Vaccination United Provinces of Agra and Oudh 1923-1928 - 1923-1928
Year: 1923
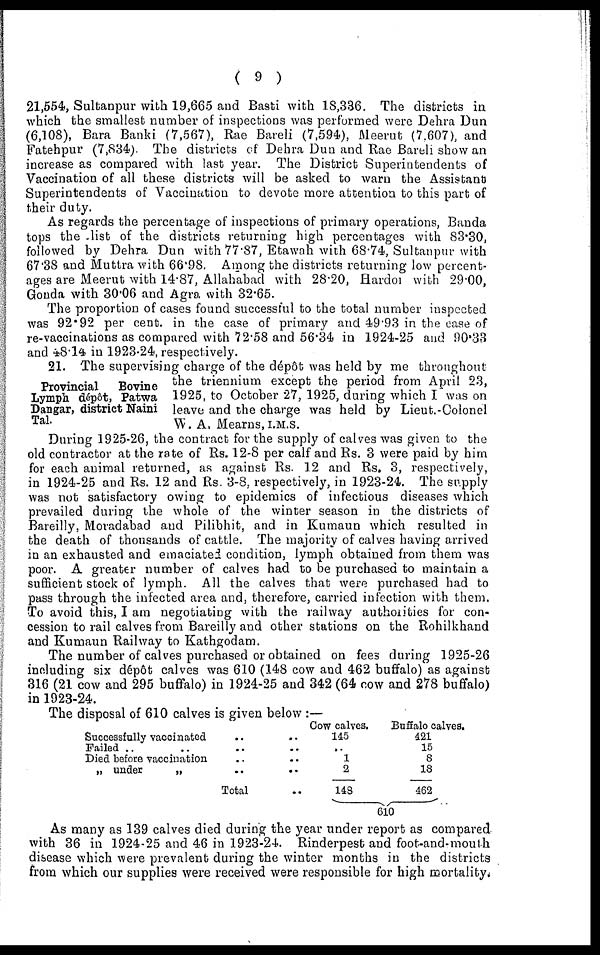
( 9 )
21,554, Sultanpur with 19,665 and Basti with 18,336. The districts in
which the smallest number of inspections was performed were Dehra Dun
(6,108), Bara Banki (7,567), Rae Bareli (7,594), Meerut (7,607), and
Fatehpur (7,834). The districts of Dehra Dun and Rae Bareli show an
increase as compared with last year. The District Superintendents of
Vaccination of all these districts will be asked to warn the Assistant
Superintendents of Vaccination to devote more attention to this part of
their duty.
As regards the percentage of inspections of primary operations, Banda
tops the list of the districts returning high percentages with 83.30,
followed by Dehra Dun with 77.87, Etawah with 68.74, Sultanpur with
67.38 and Muttra with 66.98. Among the districts returning low percent-
ages are Meerut with 14.87, Allahabad with 28.20, Hardoi with 29.00,
Gonda with 30.06 and Agra with 32.65.
The proportion of cases found successful to the total number inspected
was 92.92 per cent. in the case of primary and 49.93 in the case of
re-vaccinations as compared with 72.58 and 56.34 in 1924-25 and 90.33
and 48.14 in 1923-24, respectively.
Provincial
Bovine
Lymph dépôt, Patwa
Dangar, district Naini
Tal.
21. The supervising charge of the dépôt was held by me throughout
the triennium except the period from April 23,
1925, to October 27, 1925, during which I was on
leave and the charge was held by Lieut.-Colonel
W. A. Mearns, I.M.S.
During 1925-26, the contract for the supply of calves was given to the
old contractor at the rate of Rs. 12.8 per calf and Rs. 3 were paid by him
for each animal returned, as against Rs. 12 and Rs. 3, respectively,
in 1924-25 and Rs. 12 and Rs. 3-8, respectively, in 1923-24. The supply
was not satisfactory owing to epidemics of infectious diseases which
prevailed during the whole of the winter season in the districts of
Bareilly, Moradabad and Pilibhit, and in Kumaun which resulted in
the death of thousands of cattle. The majority of calves having arrived
in an exhausted and emaciated condition, lymph obtained from them was
poor. A greater number of calves had to be purchased to maintain a
sufficient stock of lymph. All the calves that were purchased had to
pass through the infected area and, therefore, carried infection with them.
To avoid this, I am negotiating with the railway authorities for con-
cession to rail calves from Bareilly and other stations on the Rohilkhand
and Kumaun Railway to Kathgodam.
The number of calves purchased or obtained on fees during 1925-26
including six dépôt calves was 610 (148 cow and 462 buffalo) as against
316 (21 cow and 295 buffalo) in 1924-25 and 342 (64 cow and 278 buffalo)
in 1923-24.
The disposal of 610 calves is given below :—
Successfully vaccinated
Failed
Died before vaccination
„ under
„
Total
Cow calves.
145
.. 1
2
148
Buffalo calves.
421
15
8
18
462
610
As many as 139 calves died during the year under report as compared
with 36 in 1924-25 and 46 in 1923-24. Rinderpest and foot-and-mouth
disease which were prevalent during the winter months in the districts
from which our supplies were received were responsible for high mortality.